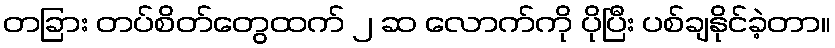
တခြား တပ်စိတ်တွေထက် ၂ ဆ လောက်ကို ပိုပြီး ပစ်ချနိုင်ခဲ့တာ။